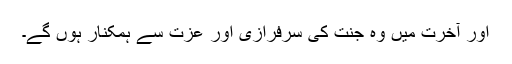
اور آخرت میں وہ جنت کی سرفرازی اور عزت سے ہمکنار ہوں گے۔